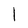
Character: l